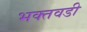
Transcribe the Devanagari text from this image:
भक्तवडी